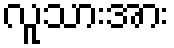
လူသားအား